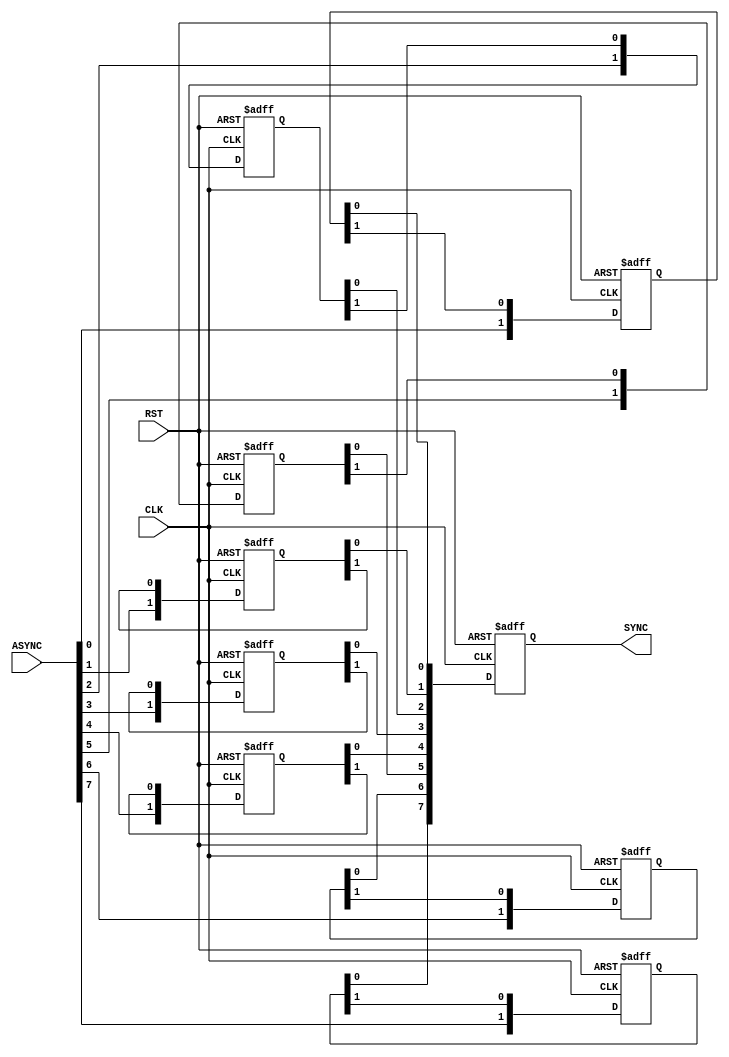
module BIT_SYNC 
#(parameter BUS_WIDTH = 8, NUM_STAGES = 3) 
(ASYNC, RST, CLK, SYNC);
input  [BUS_WIDTH-1:0] ASYNC;
input                  RST;
input                  CLK;
output [BUS_WIDTH-1:0] SYNC;

reg [BUS_WIDTH-1:0]  SYNC;
reg [NUM_STAGES-2:0] Multi_ff [0:BUS_WIDTH-1]; //regFile  

integer i;
integer J;

////////___Multi Flip Flop Stage___////////
always @ (posedge CLK or negedge RST)
begin
    if(!RST)
    begin
        for (i=0; i<BUS_WIDTH; i=i+1)
        begin
             Multi_ff[i] <= 1'b0;
        end
        SYNC <= 0;
    end
    else
    begin
        for (i=0; i<BUS_WIDTH; i=i+1)
        begin
            Multi_ff [i][NUM_STAGES-2] <= ASYNC [i];
        end
        for (J=0; J<BUS_WIDTH; J=J+1)
        begin
            for (i=NUM_STAGES; i>1; i=i-1)
            begin
                Multi_ff [J][i-3] <= Multi_ff [J][i-2];
            end
            SYNC [J] <= Multi_ff [J][0];
        end
    end
end
endmodule